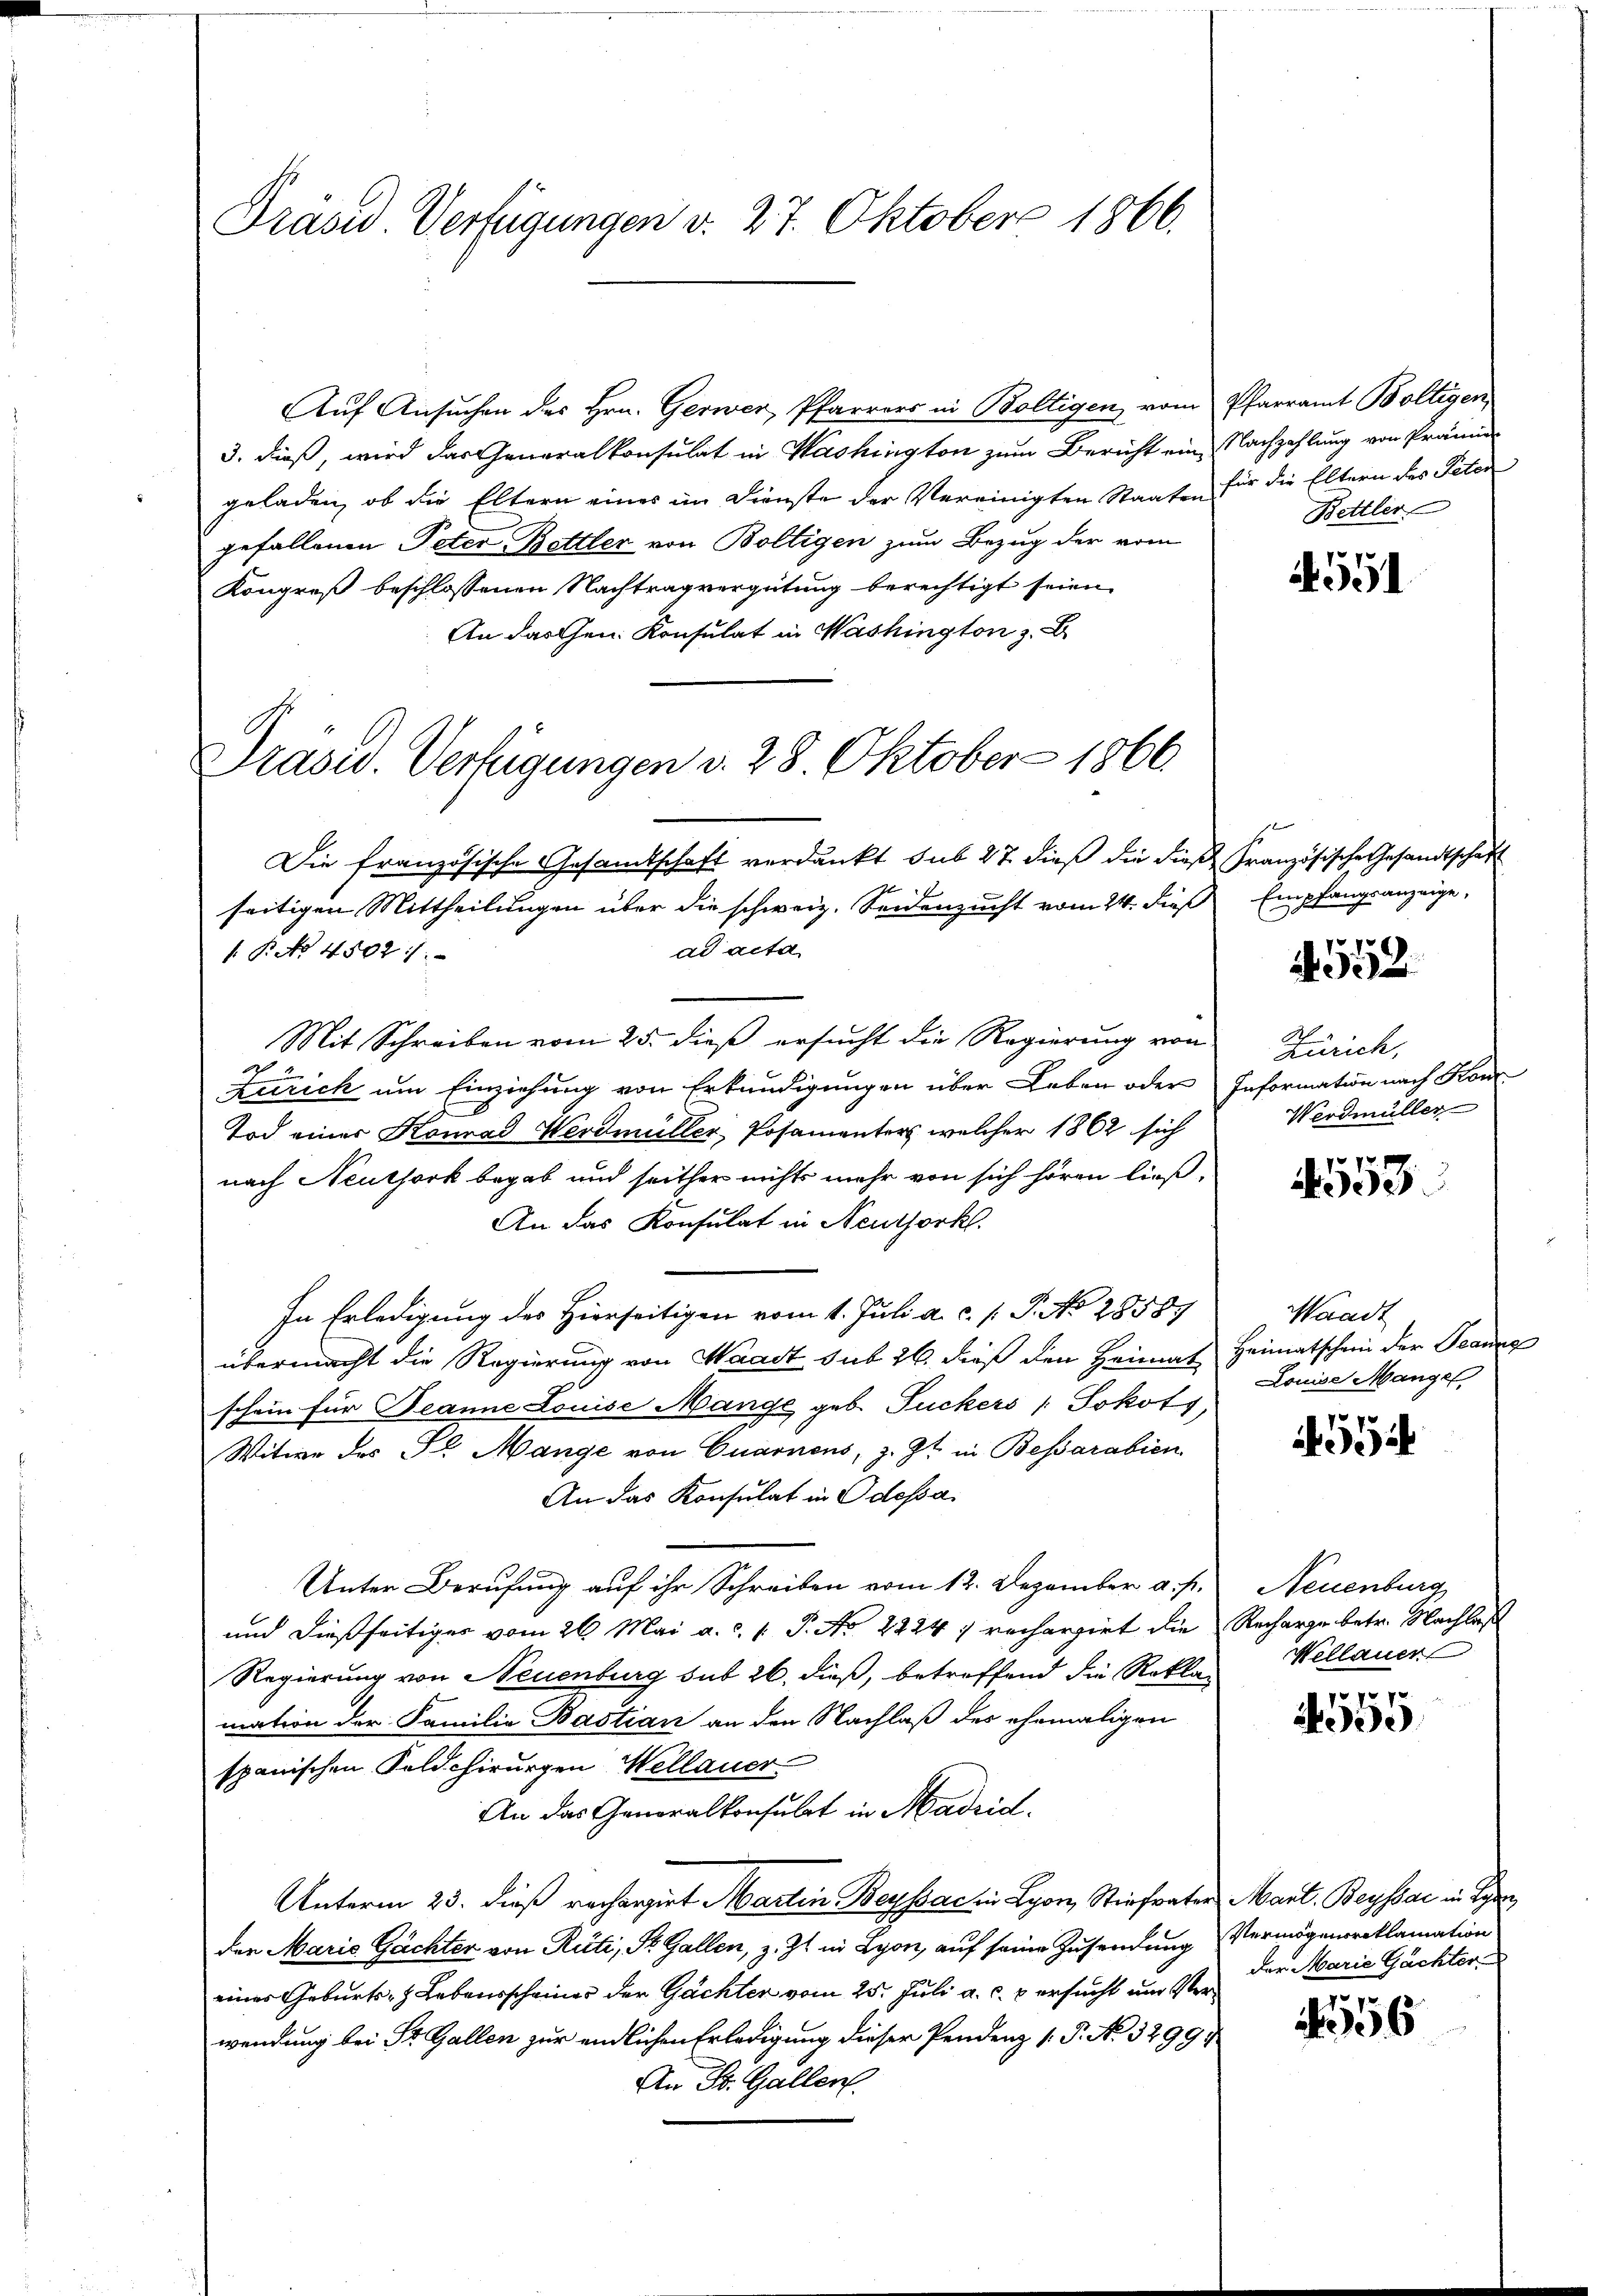
Präsid. Verfügungen d. 27. Oktober 1866.

Auf Ansuchen des Hrn. Gerwer, Pfarrers in Boltigen vom
3. dieß, wird das Generalkonsulat in Washington zum Bericht ein Nachzahlung von Prämie
geladen, ob die Eltern eines im Dienste der Vereinigten Staaten für die Eltern des Peten
gefallenen Peter Bettler von Boltigen zum Bezug der vom
Kongreß beschlossenen Nachtrag vergütung berechtigt seien.
An das Gen. Konsulat in Washington z. B.

Prasis. Verfügungen v. 28. Oktober 1866

Die französische Gesamtschaft verdankt sub 27 dieß die diese Französische Gesandtschaft
t
seitigen Mittheilungen über die schweiz. Seidenzucht vom 24. dieß
ad acta
.P. No 4502 /:
Mit Schreiben vom 25. dieß ersucht die Regierung von
2
Zürich um Einziehung von Erkundigungen über Leben oder Information nach Kon-
Tod einer Konrad Werdmüller-Posamenters, welcher 1862 sich
nach Neuthork begab und seither nichts mehr von sich hören ließ,
An das Konsulat in Neuthorkl.
In Erledigung des Hierseitigen vom 1. Juli a.c. s. P. No 28589
übermacht die Regierung von Waadt sub 26. dieß den Heimat Heimatschein der Prange
schein für Beanne Louise Mange geb. Juckers " Jokots,
Witwe des Sr Mange von Quarnens, z. Zt. in Bessarabien
An das Konsulat in Odessa.
Unter Berufung auf ihr Schreiben vom 12. Dezember a. p.
und dießseitiger vom 26. Mai a. c. 1. P. No 2224; rechargirt die Recharge betr. Nachlaß
Regierung von Neuenburg sub 26. dieß, betroffend die Rekla-
mation der Familia Bastian an den Nachlaß des ehemaligen
spanischen Feld chirurgen Wellauer.
An das Generalkonsulat in Madrid.
Unterm 25. dieß rechargirt Martin Beysac in Lyon, Stiefvater Mart. Beysae in Be
den Marie Gachter von Rüti, St. Gallen, z. Zt. in Lyon, auf seine Zusendung Vermögensreklamation
eines Geburts- & Lebensscheines der Gächter vom 25. Juli a. c. p ersucht und Verwendung bei St. Gallen zur endlichen Erledigung dieser Pendenz (P. No. 32994
An St. Gallen.

Pfarramt Boltigen,
Bettler

4591

Empfangsanzeige,

552.

Zürich,
Werdmüller

553

Waadt
Louise Mangel

954

Neuenburg
Wellauer

77
30)

der Marie Gachter

e
06